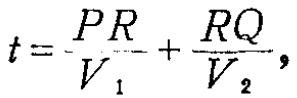
\[
t = \frac{PR}{V_1} + \frac{RQ}{V_2},
\]